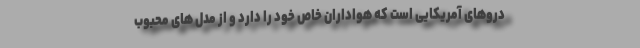
دروهای آمریکایی است که هواداران خاص خود را دارد و از مدل های محبوب